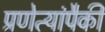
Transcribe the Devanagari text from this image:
प्रणेत्यांपैकी